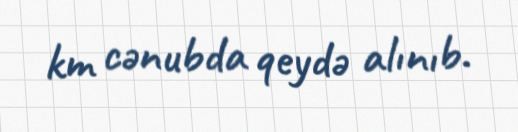
km cənubda qeydə alınıb.